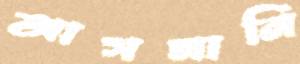
আসমানি